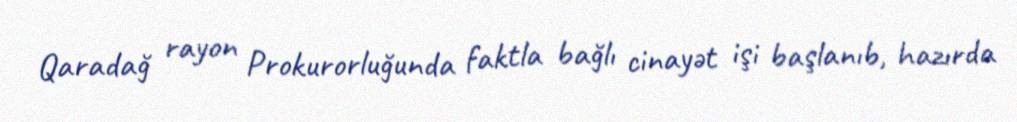
Qaradağ rayon Prokurorluğunda faktla bağlı cinayət işi başlanıb, hazırda